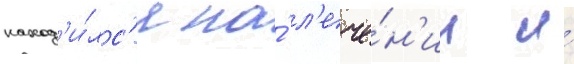
наход'и́лс'я на́ л'ече́н'ии и́